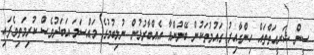
ސީން ޝަރީއަތްތައް ހިންގާއިރު ގައުމުތަކުން ބޭނުންވާ އެއްބާރުލުން ނުލިބުމުގެ މައްސަލަ އަބަދުވެސް ކުރިމަތިވެފައި